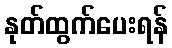
နုတ်ထွက်ပေးရန်